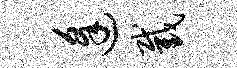
逢截